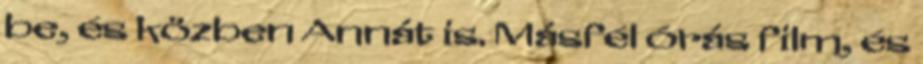
be, és közben Annát is. Másfél órás film, és